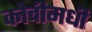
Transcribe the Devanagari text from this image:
कोचीमधी